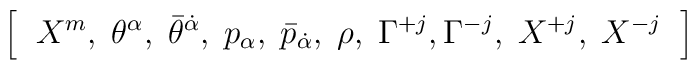
\left[\;\; X^m,\;\theta^{\alpha},\;\bar\theta^{\dot\alpha},\;p_{\alpha},\; \bar{p}_{\dot\alpha}, \;\rho,\;\Gamma^{+j},\Gamma^{-j},\; X^{+j},\; X^{-j}\;\; \right] \nonumber